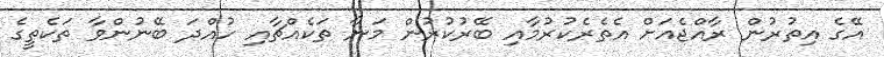
އޭގެ އިތުރުން ރާއްޖެއަށް އެތެރެކުރުމާއި ބޭރުކުރުން މަނާ ތަކެއްޗާއި ހުއްދަ ބޭނުންވާ ތަކެތީގެ